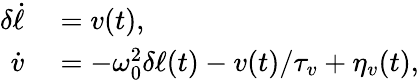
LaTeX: \begin{array}{rl}{\delta\dot{\ell}}&{{}=v(t),}\\ {\dot{v}}&{{}=-\omega_{0}^{2}\delta\ell(t)-v(t)/\tau_{v}+\eta_{v}(t),}\end{array}